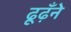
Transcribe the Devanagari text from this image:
ढूढ़ँने